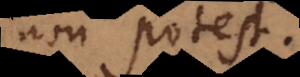
non potest.